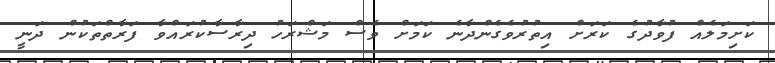
ކަށިމަލެއް ފުވާދުގެ ކަރަށް އިތުރުވެގެންދާނެ ކަމަށް ވެސް މަޝްރަހު ދިރާސާކުރައްވާ ފަރާތްތަކުން ދަނީ